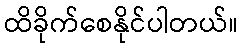
ထိခိုက်စေနိုင်ပါတယ်။